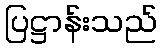
ပြဋ္ဌာန်းသည်